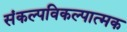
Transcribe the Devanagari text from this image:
संकल्पविकल्पात्मक